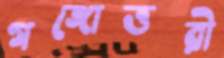
গঙ্গোত্তরী